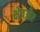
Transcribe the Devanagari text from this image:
क्षेत्रऔर